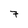
Character: 7